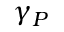
\gamma _ { P }